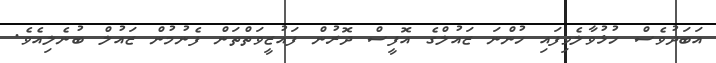
އަބަދުވެސް ހުޅުވާލެވިފައި ހުންނަ ޒައުލްގެ އޮފީސް ދޮރުން ފައުޒީވަތްތަން ފެނުމުން ޒައުލް ބުނެލިއެވެ.